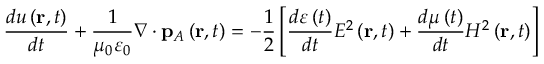
\frac { d u \left( \mathbf { r } , t \right) } { d t } + \frac { 1 } { \mu _ { 0 } \varepsilon _ { 0 } } \nabla \cdot \mathbf { p } _ { A } \left( \mathbf { r } , t \right) = - \frac { 1 } { 2 } \left[ \frac { d \varepsilon \left( t \right) } { d t } E ^ { 2 } \left( \mathbf { r } , t \right) + \frac { d \mu \left( t \right) } { d t } H ^ { 2 } \left( \mathbf { r } , t \right) \right]